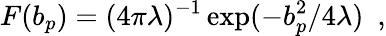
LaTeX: F(b_{p})=(4\pi\lambda)^{-1}\exp(-b_{p}^{2}/4\lambda)\ \ ,